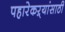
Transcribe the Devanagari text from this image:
पहारेकऱ्यांसाठी